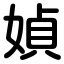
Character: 媜